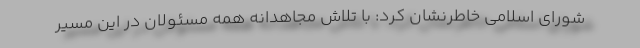
شورای اسلامی خاطرنشان کرد: با تلاش مجاهدانه همه مسئولان در این مسیر